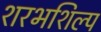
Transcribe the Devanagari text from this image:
शरभशिल्प